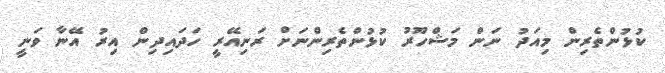
ކުޅުންތެރިން މިއަދު ނަން މަޝްހޫރު ކުޅުންތެރިންނަށް ރަނިއޭރީ ހަދައިދިން އިރު އޭނާ ވަނީ